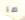
ما